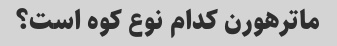
ماترهورن کدام نوع کوه است؟